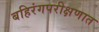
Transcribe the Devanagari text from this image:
बहिरंगपरीक्षणात